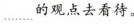
﹍﹍的观点去看待。